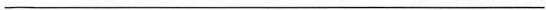
___